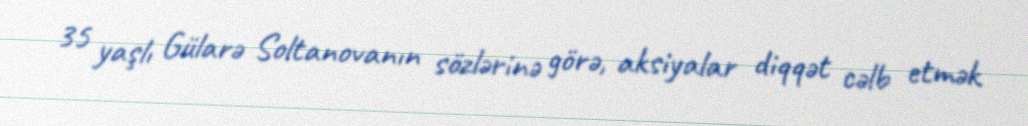
35 yaşlı Gülarə Soltanovanın sözlərinə görə, aksiyalar diqqət cəlb etmək